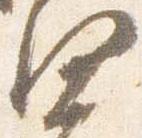
闍